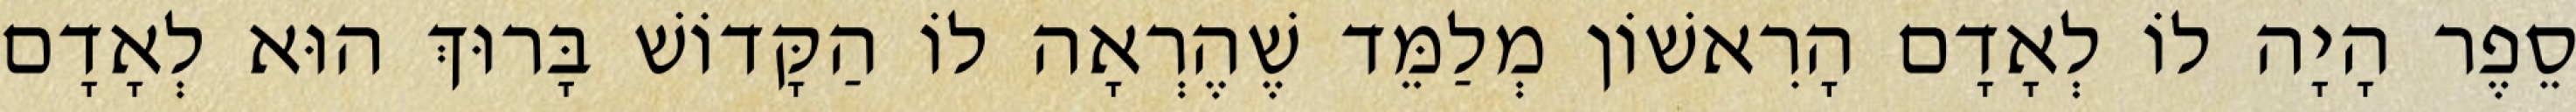
סֵפֶר הָיָה לוֹ לְאָדָם הָרִאשׁוֹן מְלַמֵּד שֶׁהֶרְאָה לוֹ הַקָּדוֹשׁ בָּרוּךְ הוּא לְאָדָם